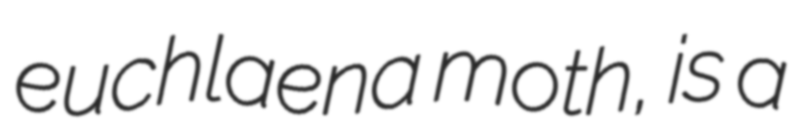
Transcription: euchlaena moth, is a